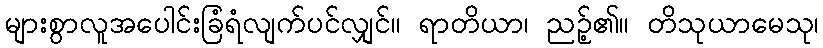
များစွာလူအပေါင်းခြံရံလျက်ပင်လျှင်။ ရာတိယာ၊ ညဉ့်၏။ တိသုယာမေသု၊